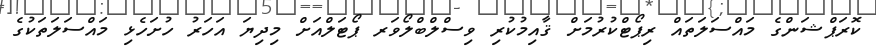
ކޮރަޕްޝަންގެ މައްސަލަތައް ރިޕޯޓްކުރުމަށް ޤާއިމުކުރި ވިސްލްބްލޯވަރ ޕޯޓަލްއަށް މިދިޔަ އަހަރު ހުށަހެޅި މައްސަލަތަކުގެ